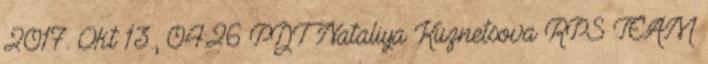
2017. Okt 13., 04:26 PDT Nataliya Kuznetsova RPS TEAM